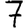
Digit: 7